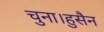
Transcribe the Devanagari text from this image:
चुना।हुसैन